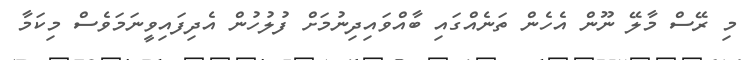
މި ރޭސް މާލޭ ނޫން އެހެން ތަނެއްގައި ބާއްވައިދިނުމަށް ފުލުހުން އެދިފައިވީނަމަވެސް މިކަމާ